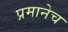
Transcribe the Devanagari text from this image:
प्रमानेच